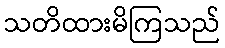
သတိထားမိကြသည်